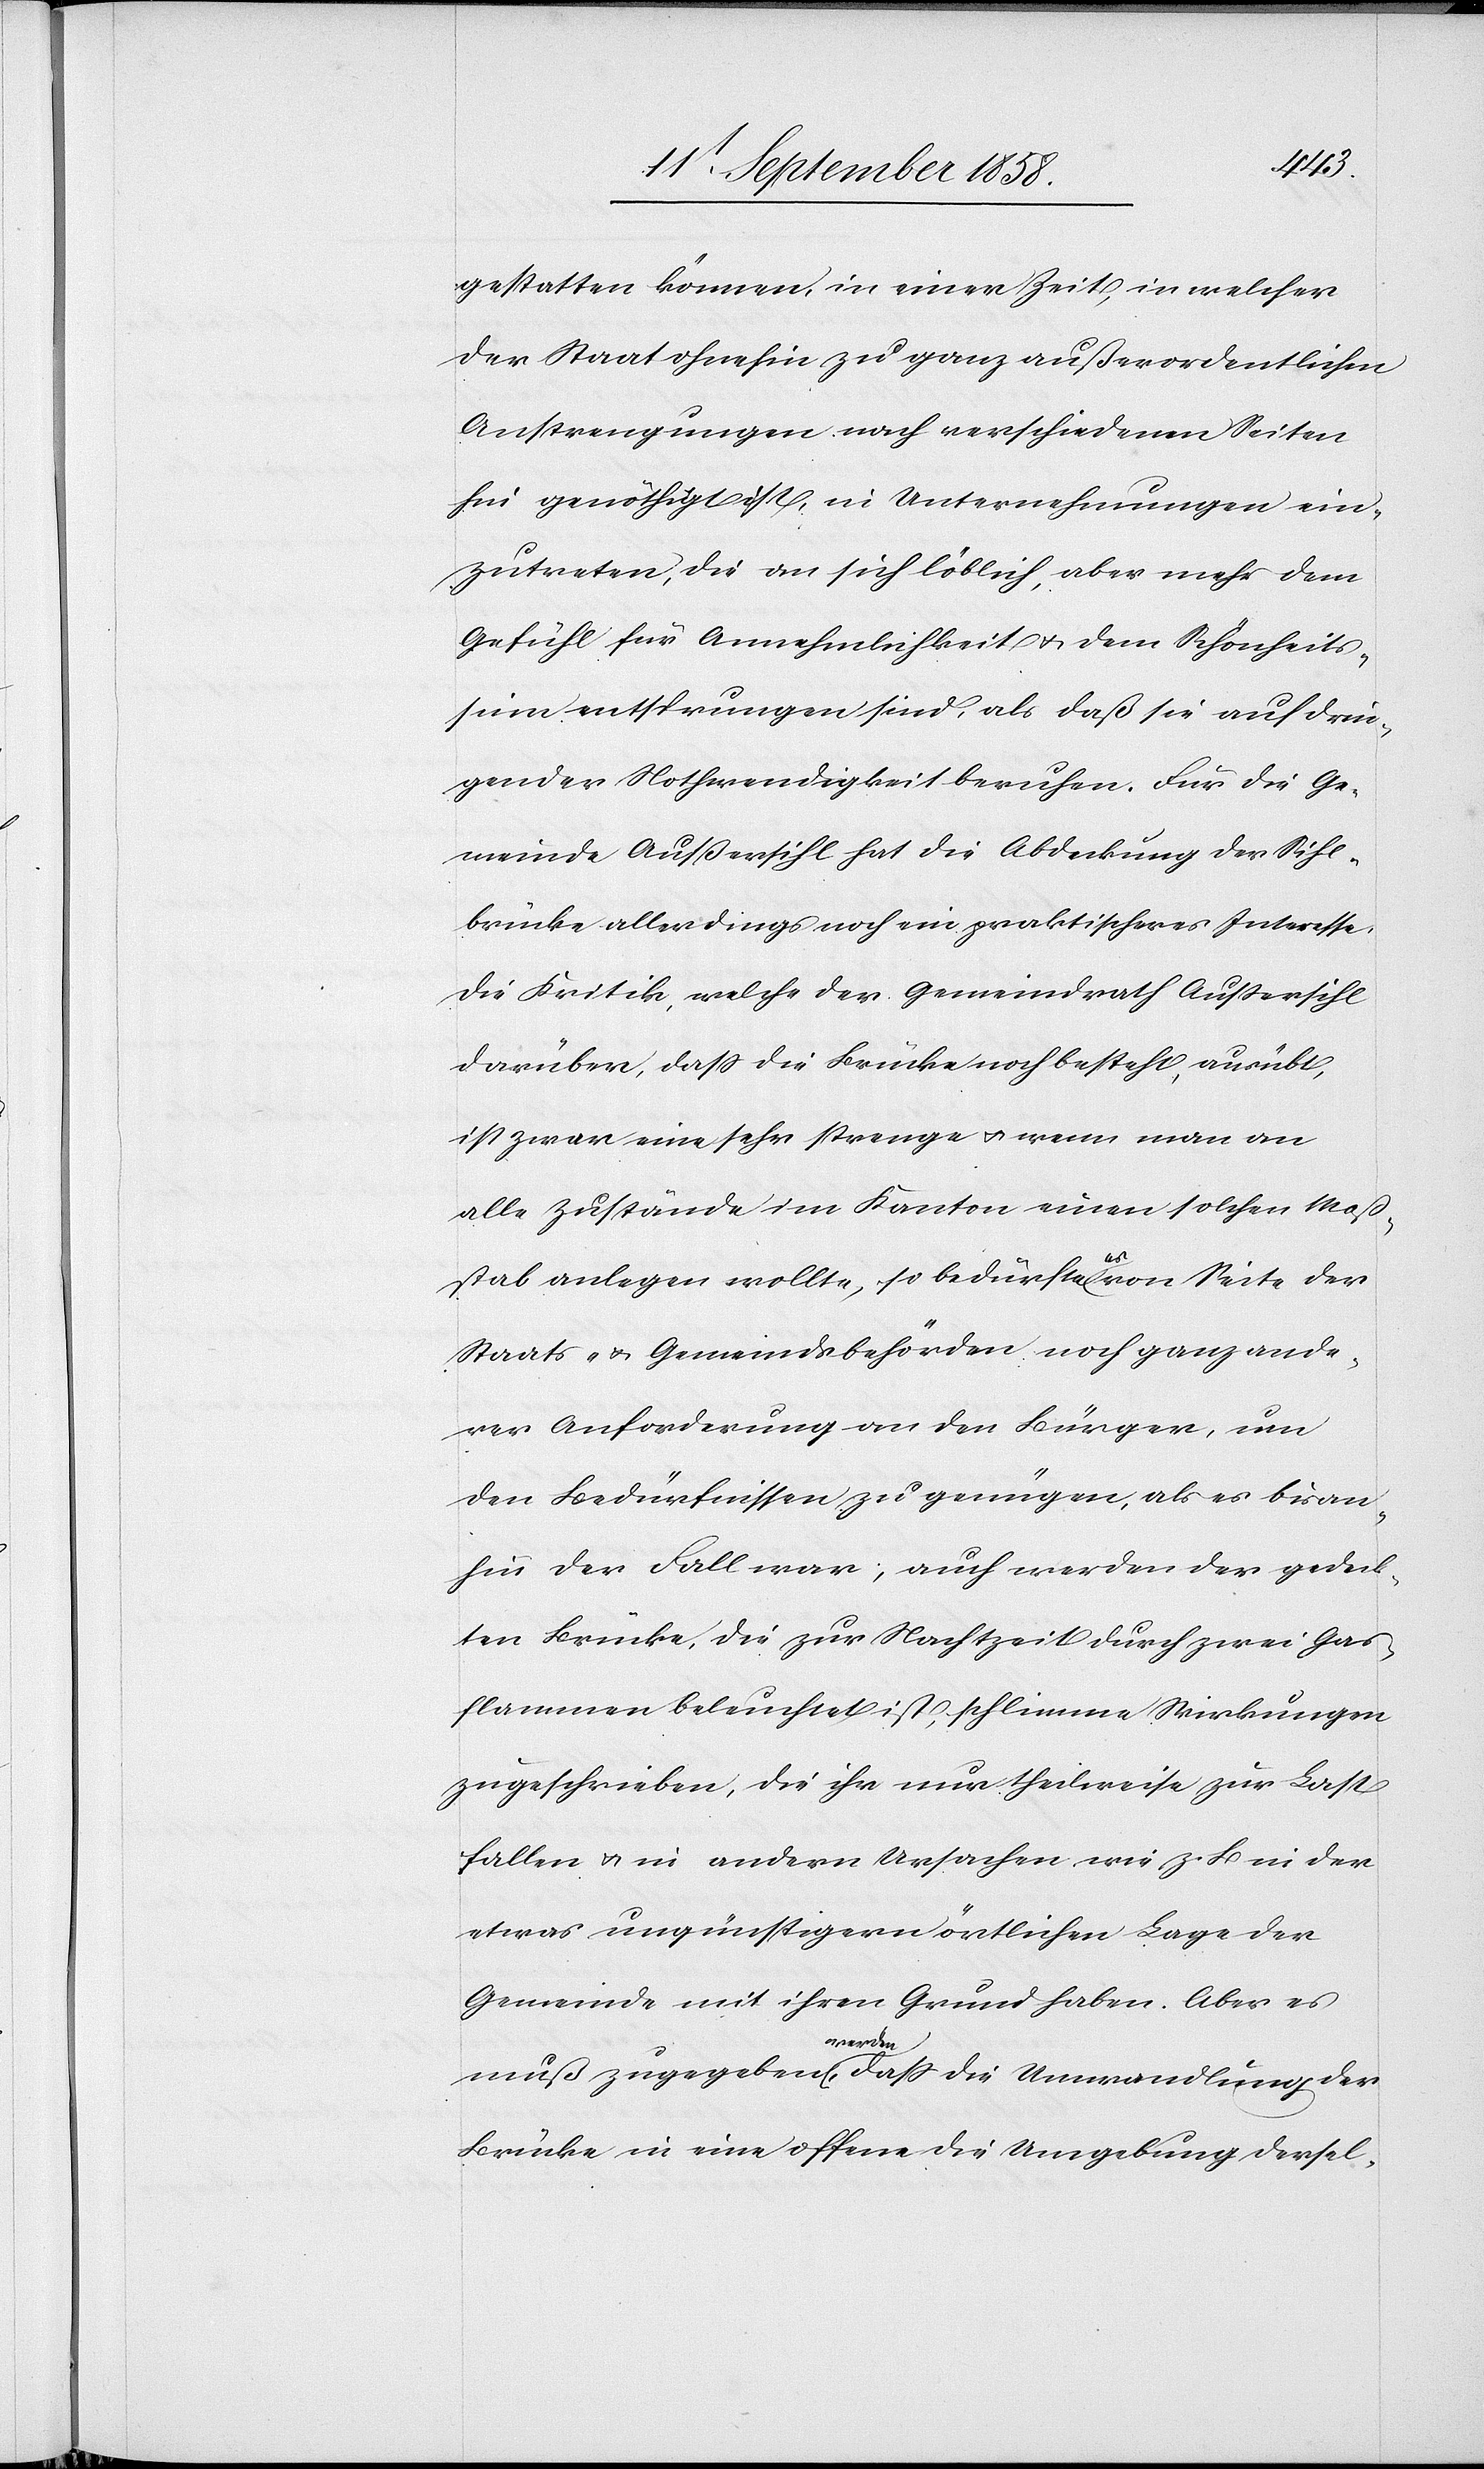
gestatten können, in einer Zeit, in welcher
der Staat ohnehin zu ganz außerordentlichen
Anstrengungen nach verschiedenen Seiten
hin genöthigt ist, in Unternehmungen ein¬
zutreten, die an sich löblich, aber mehr dem
Gefühl für Annehmlichkeit & dem Schönheits¬
sinn entsprungen sind, als daß sie auf drin¬
gender Nothwendigkeit beruhen. Für die Ge¬
meinde Außersihl hat die Abdeckung der Sihl¬
brücke allerdings noch ein praktischeres Interesse.
Die Kritik, welche der Gemeindrath Außersihl
darüber, dass die Brücke noch besteht, ausübt,
ist zwar eine sehr strenge & wenn man an
alle Zustände im Kanton einen solchen Maß¬
stab anlegen wollte, so bedürfte es von Seite der
Staats- & Gemeindsbehörden noch ganz ande¬
rer Anforderung an den Bürger, um
den Bedürfnissen zu genügen, als es bisan¬
hin der Fall war; auch werden der gedeck¬
ten Brücke, die zur Nachtzeit durch zwei Gas¬
flammen beleuchtet ist, schlimme Wirkungen
zugeschrieben, die ihr nur theilweise zur Last
fallen & in andern Ursachen wie z. B. in der
etwas ungünstigern örtlichen Lage der
Gemeinde mit ihren Grund haben. Aber es
muß zugegeben werden, dass die Umwandlung der
Brücke in eine offene die Umgebung dersel-